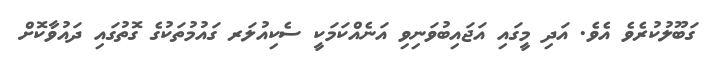
ގަބޫލުކުރެވެ އެވެ. އަދި މީގައި އަޖައިބުވަނިވި އަނެއްކަމަކީ ސެކިއުލަރ ގައުމުތަކުގެ ގޮތުގައި ދައުވާކޮށް